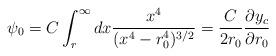
LaTeX: \begin{align*}\psi_0=C\int^{\infty}_r dx\frac{x^4}{(x^4-r_0^4)^{3/2}}=\frac{C}{2r_0}\frac{\partial y_c}{\partial r_0}\end{align*}